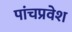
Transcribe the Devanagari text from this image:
पांचप्रवेश